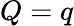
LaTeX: Q=q